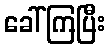
ခေါ်ကြပြီး